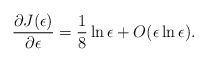
\begin{align*}\frac{\partial J(\epsilon)}{\partial\epsilon}=\frac{1}{8}\ln\epsilon+O(\epsilon\ln\epsilon).\end{align*}